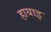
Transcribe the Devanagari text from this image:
हायाइ